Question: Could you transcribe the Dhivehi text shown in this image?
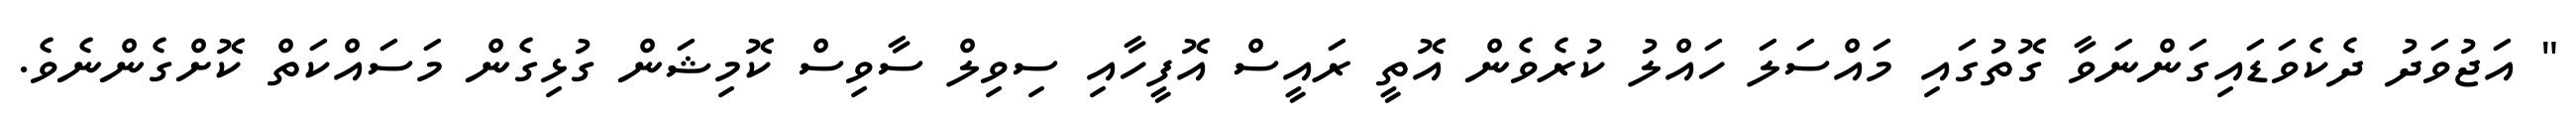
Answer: " އަޖުވަދު ދެކެވަޑައިގަންނަވާ ގޮތުގައި މައްސަލަ ހައްލު ކުރެވެން އޮތީ ރައީސް އޮފީހާއި ސިވިލް ސާވިސް ކޮމިޝަން ގުޅިގެން މަސައްކަތް ކޮށްގެންނެވެ.